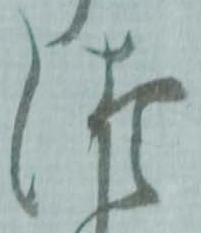
つ